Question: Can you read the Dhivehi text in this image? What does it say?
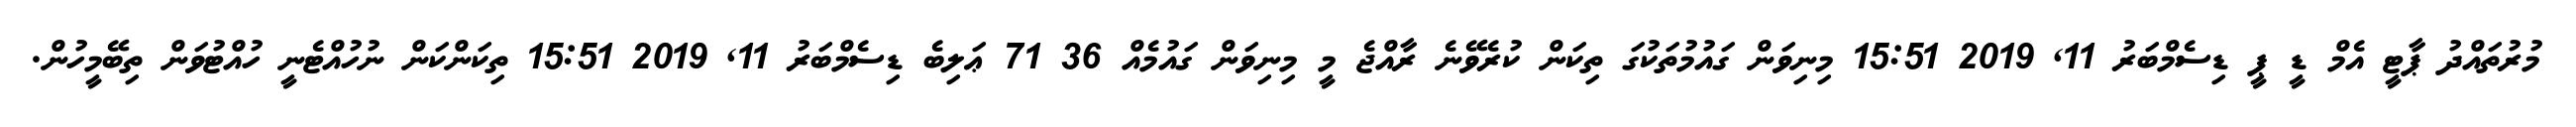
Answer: މުރުތައްދު ޕާޓީ އެމް ޑީ ޕީ ޑިސެމްބަރު 11, 2019 15:51 މިނިވަން ގައުމުތަކުގަ ތިކަން ކުރެވޭނެ ރާއްޖެ މީ މިނިވަން ގައުމެއް 36 71 ޢަލިބެ ޑިސެމްބަރު 11, 2019 15:51 ތިކަންކަން ނުހުއްޓެނީ ހުއްޓުވަން ތިބޭމީހުން.